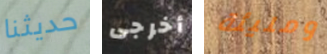
حديثنا أخرجى ومليئة